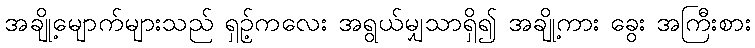
အချို့မျောက်များသည် ရှဥ့်ကလေး အရွယ်မျှသာရှိ၍ အချို့ကား ခွေး အကြီးစား